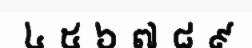
៤ ៥ ៦ ៧ ៨ ៩